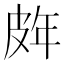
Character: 𭽨